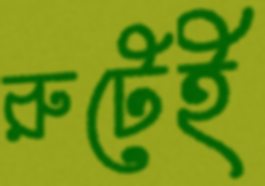
রুটেই